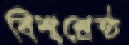
বিশ্বশ্রেষ্ঠ